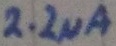
Text: 2.2µA